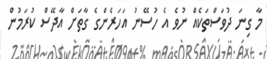
މާ ގިނަ ދުވަސްތަކެއް ނުވެ އެ ހުސޭނު އަަހަރެންގެ ގާތަށް އާދޭސް ކުރަމުން